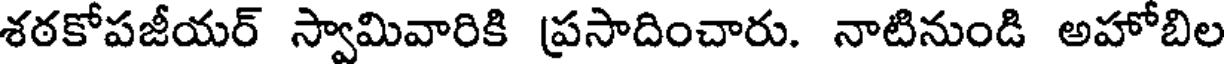
శఠకోపజీయర్ స్వామివారికి ప్రసాదించారు. నాటినుండి అహోబిల